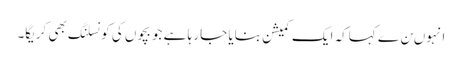
انہوںن ے کہاکہ ایک کمیشن بنایا جا رہا ہے جو بچوں کی کونسلنگ بھی کریگا۔